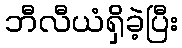
ဘီလီယံရှိခဲ့ပြီး